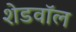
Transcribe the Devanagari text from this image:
शेडवॉल